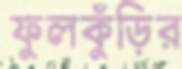
ফুলকুঁড়ির